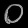
Digit: ၀